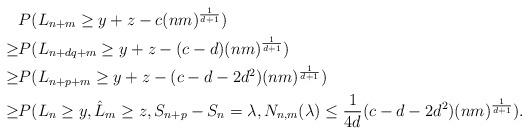
LaTeX: \begin{align*}&P(L_{n+m}\ge y+z-c(nm)^{\frac{1}{d+1}})\\\ge &P(L_{n+dq+m}\ge y+z-(c-d)(nm)^{\frac{1}{d+1}})\\\ge &P(L_{n+p+m}\ge y+z-(c-d-2d^2)(nm)^{\frac{1}{d+1}})\\\ge &P(L_{n}\ge y,\hat{L}_m\ge z, S_{n+p}-S_n=\lambda,N_{n,m}(\lambda)\le \frac{1}{4d}(c-d-2d^2)(nm)^{\frac{1}{d+1}}). \end{align*}